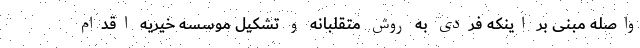
واصله مبنی بر اینکه فردی به روش متقلبانه و تشکیل موسسه خیریه اقدام